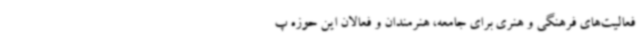
فعالیت‌های فرهنگی و هنری برای جامعه، هنرمندان و فعالان این حوزه پ